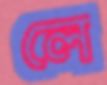
লে